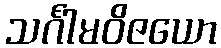
သင်္ဂါမဝိဇယော